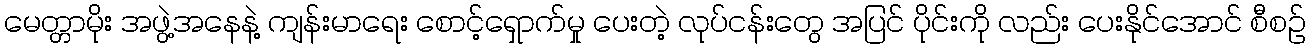
မေတ္တာမိုး အဖွဲ့အနေနဲ့ ကျန်းမာရေး စောင့်ရှောက်မှု ပေးတဲ့ လုပ်ငန်းတွေ အပြင် ပိုင်းကို လည်း ပေးနိုင်အောင် စီစဉ်